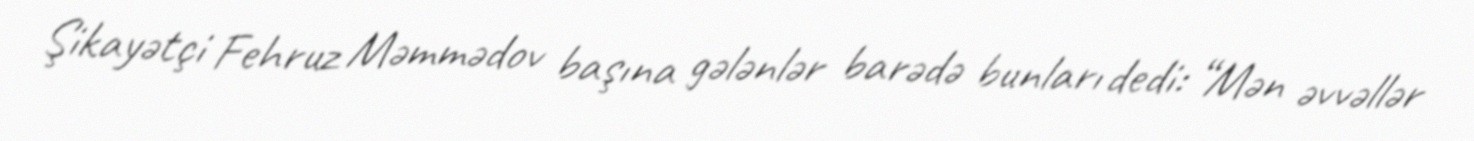
Şikayətçi Fehruz Məmmədov başına gələnlər barədə bunları dedi: “Mən əvvəllər